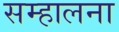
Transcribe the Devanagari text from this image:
सम्हालना